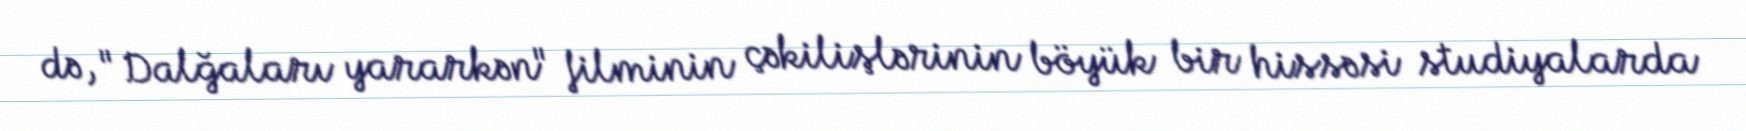
də, "Dalğaları yararkən" filminin çəkilişlərinin böyük bir hissəsi studiyalarda